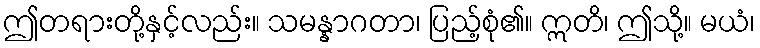
ဤတရားတို့နှင့်လည်း။ သမန္နာဂတာ၊ ပြည့်စုံ၏။ ဣတိ၊ ဤသို့။ မယံ၊